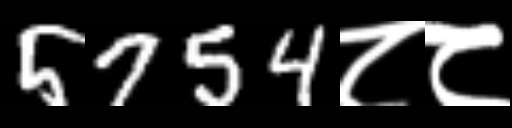
Text: 5754८८